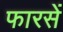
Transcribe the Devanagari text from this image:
फारसें